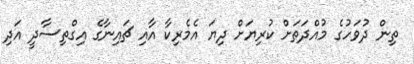
ތިން ދުވަހުގެ މުއްދަތަށް ކުރިޔަށް ދިޔަ އެމެރިކާ އާއި ޗައިނާގެ އިގްތިސާދީ އަދި